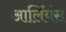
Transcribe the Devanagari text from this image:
आर्लियंस